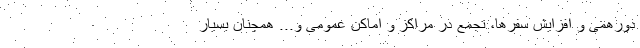
دورهمی و افزایش سفرها، تجمع در مراکز و اماکن عمومی و... همچنان بسیار